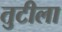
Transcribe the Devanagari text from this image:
तुटीला